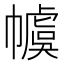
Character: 𪩽